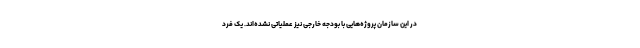
در این سازمان پروژه‌هایی با بودجه خارجی نیز عملیاتی نشده‌اند. یک فرد